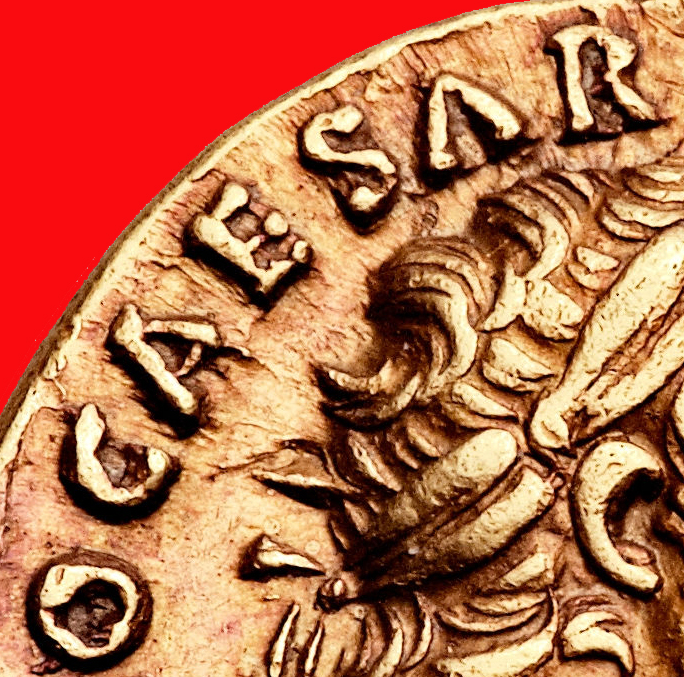
OCAESAR